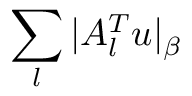
\sum _ { l } | A _ { l } ^ { T } u | _ { \beta }